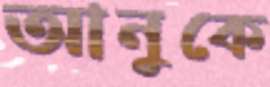
আনুকে